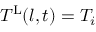
T ^ { \mathrm { L } } ( l , t ) = T _ { i }